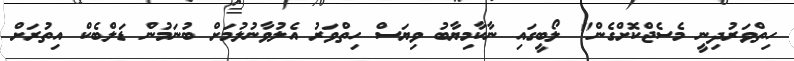
ހިތްވަރުދިނީ މެސެޖްކޮށްގެން" ލޯބީގައި ނާކާމިޔާބު ވިޔަސް ހިތްވަރު އެލުވާނުލުމަށް ބުނަމުން ޑަލްބެކް އިތުރަށް